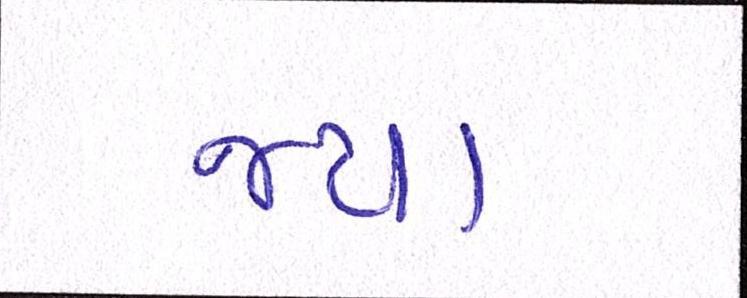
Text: જયા